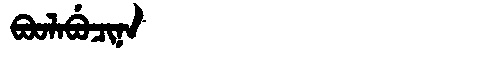
Manchu: ᠪᠣᠣᠯᠠᠪᡠᠴᡳᠨᠠ
Romanization: BOOLABUCINA